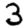
Digit: 3